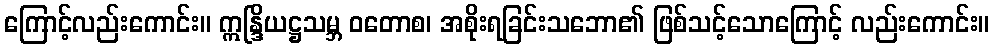
ကြောင့်လည်းကောင်း။ ဣန္ဒြိယဋ္ဌသမ္ဘ ဝတောစ၊ အစိုးရခြင်းသဘော၏ ဖြစ်သင့်သောကြောင့် လည်းကောင်း။